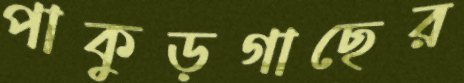
পাকুড়গাছের